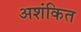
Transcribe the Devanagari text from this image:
अशंकित